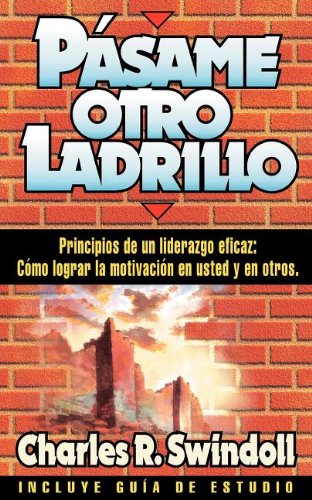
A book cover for PÃ¡same Otro Ladrillo; Charles R. Swindoll; Christian Books & Bibles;